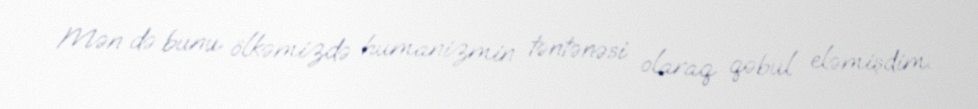
Mən də bunu ölkəmizdə humanizmin təntənəsi olaraq qəbul eləmişdim.